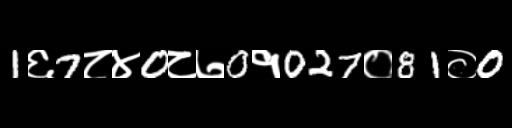
Text: 1६7८४0८७0१027०81०0